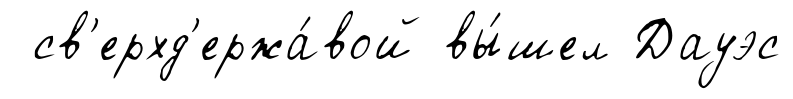
св'ерхд'ержа́вой вы́шел Дауэс